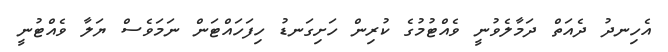
އެހިނދު ދެއަތް ދަމާލެވުނީ ވެއްޓުމުގެ ކުރިން ހަށިގަނޑު ހިފަހައްޓަން ނަމަވެސް ޔަލާ ވެއްޓުނީ